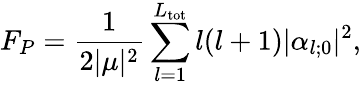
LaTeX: F_{P}=\frac{1}{2|\mu|^{2}}\sum_{l=1}^{L_{\mathrm{tot}}}l(l+1)|\alpha_{l;0}|^{2},